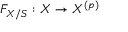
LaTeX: F _ { X / S } : X \to X ^ { ( p ) }